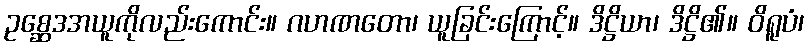
ဥစ္ဆေဒအယူကိုလည်းကောင်း။ ဂဟဏတော၊ ယူခြင်းကြောင့်။ ဒိဋ္ဌိယာ၊ ဒိဋ္ဌိ၏။ ဝိရူပံ၊